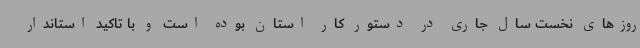
روزهای نخست سال جاری در دستور کار استان بوده است و با تاکید استاندار